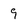
Character: 9